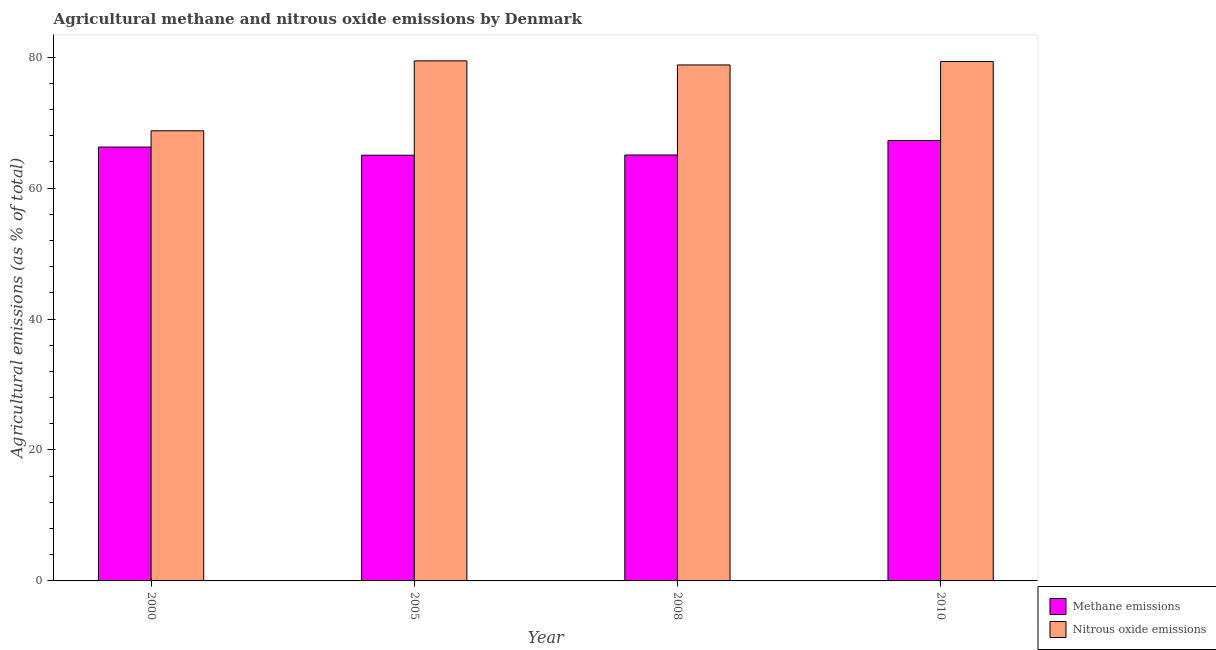
| Year | Methane emissions | Nitrous oxide emissions |
 | --- | --- | --- |
 | 2000 | 66.3 | 68.8 |
 | 2005 | 65 | 79.4 |
 | 2008 | 65.1 | 78.8 |
 | 2010 | 67.3 | 79.4 |